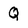
Character: Q